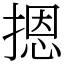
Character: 摁